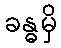
ခန္ဓမှိ